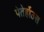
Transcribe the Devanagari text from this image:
पेतेर्होउस